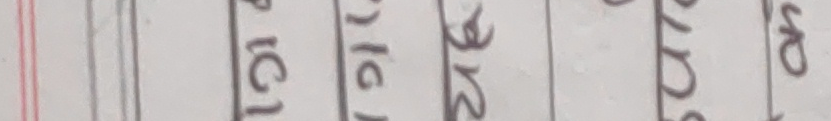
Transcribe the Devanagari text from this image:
१८ १६ २८ अ